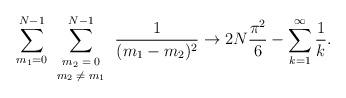
LaTeX: \begin{align*}\sum_{m_1=0}^{N-1}\sum_{\scriptsize\begin{array}{c}m_2=0\\ m_2\neq m_1\end{array}}^{N-1}\frac{ 1}{(m_1-m_2)^2}\rightarrow 2N\frac{\pi^2}{6}-\sum_{k=1}^{\infty}\frac{1}{k}.\end{align*}